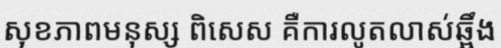
សុខភាពមនុស្ស ពិសេស គឺការលូតលាស់ឆ្អឹង